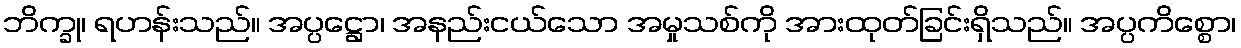
ဘိက္ခု၊ ရဟန်းသည်။ အပ္ပဋ္ဌော၊ အနည်းငယ်သော အမှုသစ်ကို အားထုတ်ခြင်းရှိသည်။ အပ္ပကိစ္စော၊